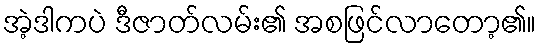
အဲ့ဒါကပဲ ဒီဇာတ်လမ်း၏ အစဖြင်လာတော့၏။